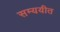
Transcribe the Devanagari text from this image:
सम्ययीत